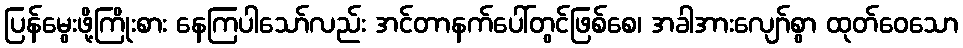
ပြန်မွေးဖို့ကြိုးစား နေကြပါသော်လည်း အင်တာနက်ပေါ်တွင်ဖြစ်စေ၊ အခါအားလျော်စွာ ထုတ်ဝေသော